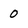
Character: 0